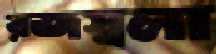
রজস্বলা